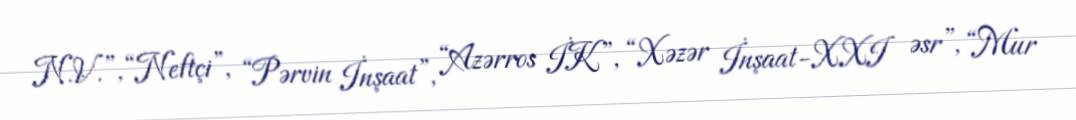
N.V.”, “Neftçi”, “Pərvin İnşaat”, “Azərros İK”, “Xəzər İnşaat-XXI əsr”, “Mur